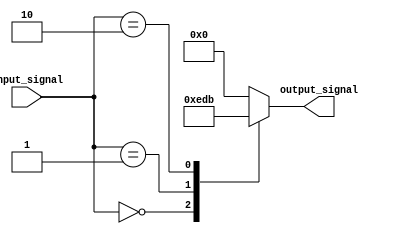
module x_based_case_statement(
    input wire [2:0] input_signal,
    output reg [3:0] output_signal
);

always @(*)
begin
    case(input_signal)
        3'b000: output_signal = 4'b1110; // condition 1
        3'b001: output_signal = 4'b1101; // condition 2
        3'b010: output_signal = 4'b1011; // condition 3
        default: output_signal = 4'b0000; // default behavior
    endcase
end

endmodule